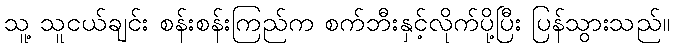
သူ့ သူငယ်ချင်း စန်းစန်းကြည်က စက်ဘီးနှင့်လိုက်ပို့ပြီး ပြန်သွားသည်။